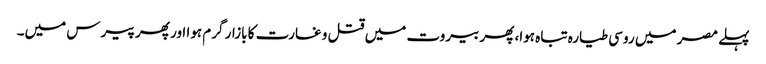
پہلے مصر میں روسی طیارہ تباہ ہوا، پھر بیروت میں قتل و غارت کا بازار گرم ہوا اور پھر پیرس میں۔